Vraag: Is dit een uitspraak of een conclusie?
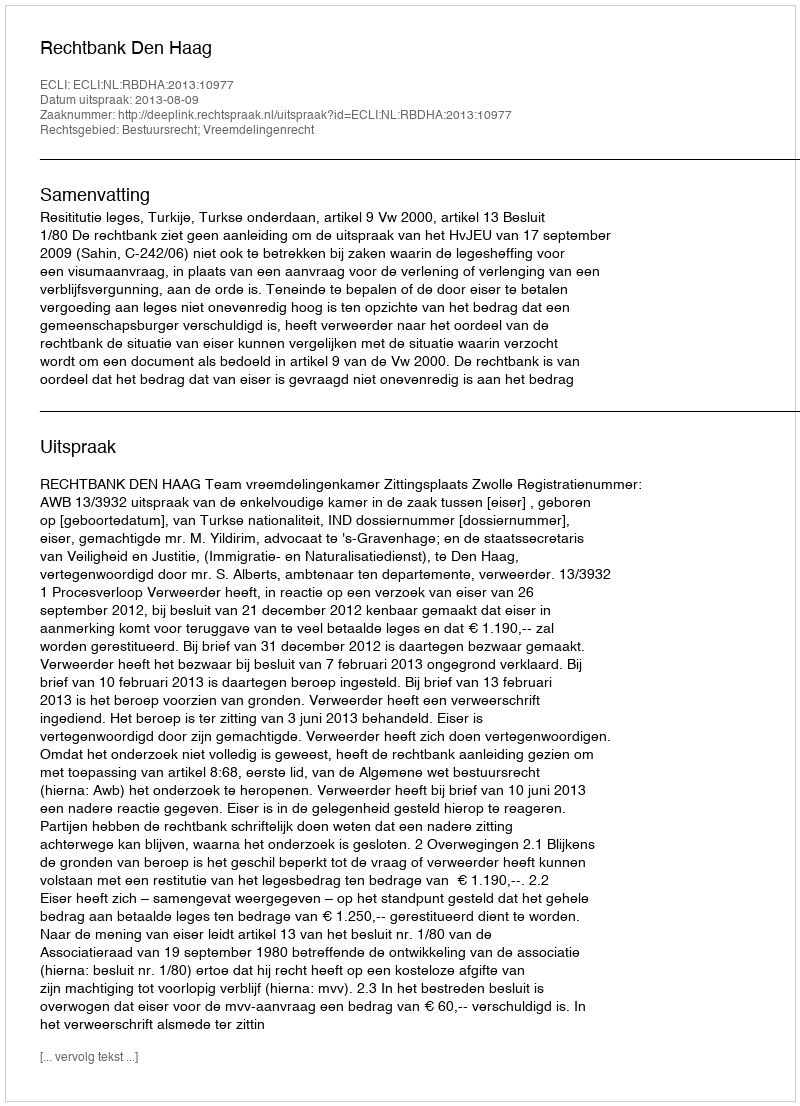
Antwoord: Uitspraak